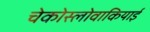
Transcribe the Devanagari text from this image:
चेकोस्लोवाकियाई